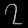
Digit: ၇